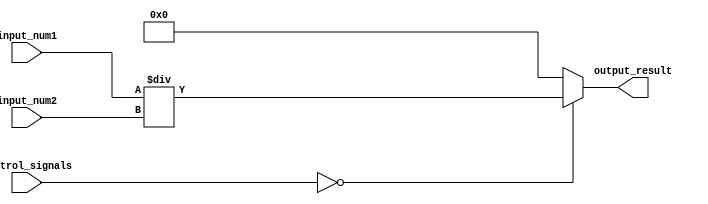
module fixed_point_divider(
    input signed [15:0] input_num1,
    input signed [15:0] input_num2,
    input [2:0] control_signals,
    output reg signed [15:0] output_result
);

always @(*) begin
    case(control_signals)
        3'b000: output_result = input_num1 / input_num2; // division operation
        // Add other control signal cases or functionality here as needed
        default: output_result = 16'b0; // default case
    endcase
end

endmodule